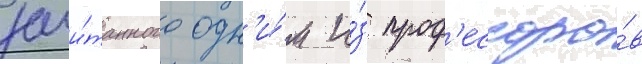
зачи́танного одн'и́м и́з проф'ессоро́в